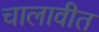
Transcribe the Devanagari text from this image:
चालावीत